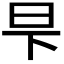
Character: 𬀧